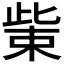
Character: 𭪿